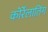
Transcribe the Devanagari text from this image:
कोर्रेलातिंग